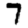
Digit: 7